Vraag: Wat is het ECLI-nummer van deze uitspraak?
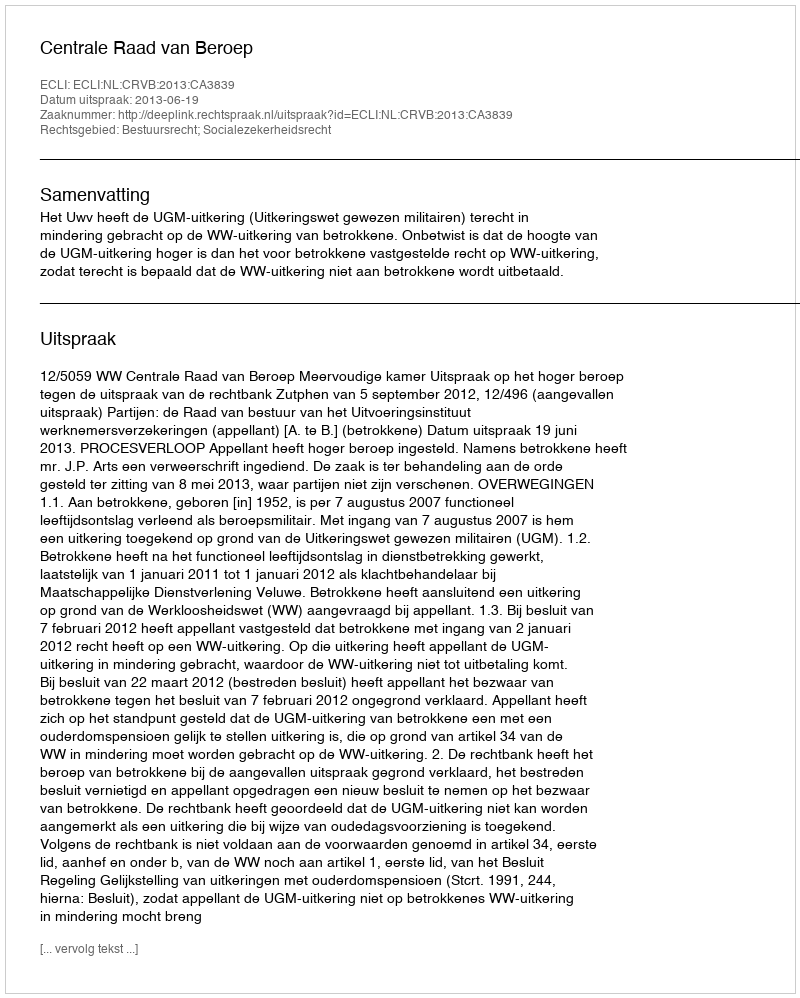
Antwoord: ECLI:NL:CRVB:2013:CA3839